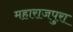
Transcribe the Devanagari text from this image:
महाराजपुरा